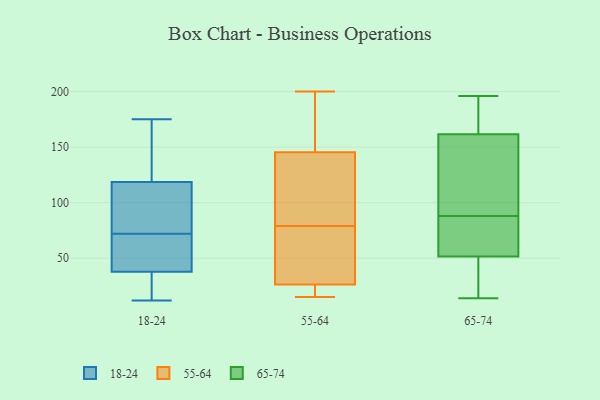
{"axis": {"x": "Inventory Turnover", "y": "Value"}, "legend": ["18-24", "55-64", "65-74"], "data": [{"x": "", "y": 175, "type": "18-24"}, {"x": "", "y": 46, "type": "18-24"}, {"x": "", "y": 72, "type": "18-24"}, {"x": "", "y": 81, "type": "18-24"}, {"x": "", "y": 20, "type": "18-24"}, {"x": "", "y": 90, "type": "18-24"}, {"x": "", "y": 12, "type": "18-24"}, {"x": "", "y": 128, "type": "18-24"}, {"x": "", "y": 35, "type": "18-24"}, {"x": "", "y": 60, "type": "18-24"}, {"x": "", "y": 128, "type": "18-24"}, {"x": "", "y": 93, "type": "55-64"}, {"x": "", "y": 200, "type": "55-64"}, {"x": "", "y": 15, "type": "55-64"}, {"x": "", "y": 22, "type": "55-64"}, {"x": "", "y": 105, "type": "55-64"}, {"x": "", "y": 172, "type": "55-64"}, {"x": "", "y": 160, "type": "55-64"}, {"x": "", "y": 60, "type": "55-64"}, {"x": "", "y": 52, "type": "55-64"}, {"x": "", "y": 39, "type": "55-64"}, {"x": "", "y": 18, "type": "55-64"}, {"x": "", "y": 97, "type": "55-64"}, {"x": "", "y": 79, "type": "55-64"}, {"x": "", "y": 20, "type": "55-64"}, {"x": "", "y": 159, "type": "55-64"}, {"x": "", "y": 14, "type": "65-74"}, {"x": "", "y": 123, "type": "65-74"}, {"x": "", "y": 136, "type": "65-74"}, {"x": "", "y": 31, "type": "65-74"}, {"x": "", "y": 80, "type": "65-74"}, {"x": "", "y": 25, "type": "65-74"}, {"x": "", "y": 85, "type": "65-74"}, {"x": "", "y": 171, "type": "65-74"}, {"x": "", "y": 196, "type": "65-74"}, {"x": "", "y": 155, "type": "65-74"}, {"x": "", "y": 189, "type": "65-74"}, {"x": "", "y": 168, "type": "65-74"}, {"x": "", "y": 51, "type": "65-74"}, {"x": "", "y": 26, "type": "65-74"}, {"x": "", "y": 123, "type": "65-74"}, {"x": "", "y": 78, "type": "65-74"}, {"x": "", "y": 189, "type": "65-74"}, {"x": "", "y": 73, "type": "65-74"}, {"x": "", "y": 91, "type": "65-74"}, {"x": "", "y": 52, "type": "65-74"}]}